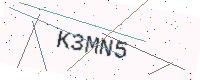
Text: K3MN5